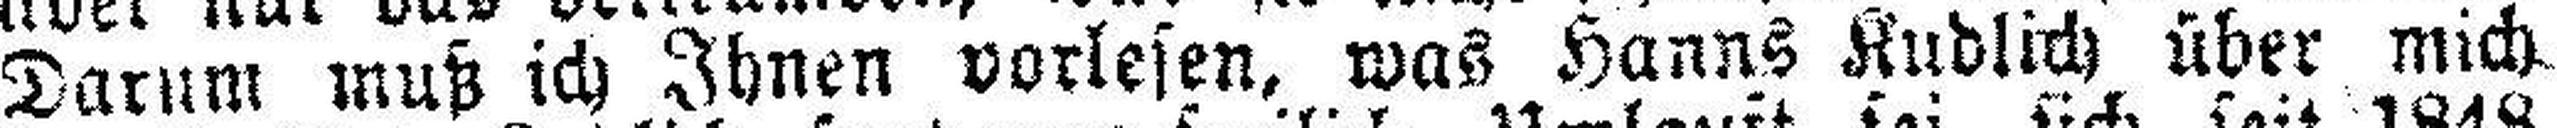
Darum muß ich Ihnen vorlesen, was Hanns Kudlich über mich